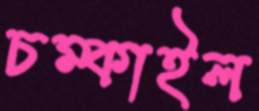
চম্‌কাইল